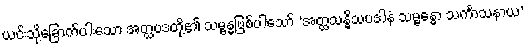
ယင်းသို့ခြောက်ပါးသော အတ္ထပဒတို့၏ သမ္ဗန္ဓဖြစ်ပါသော် ‘အတ္ထသန္ဓိသပဒါနံ သမ္ဗန္ဓော သင်္ကာသနာယ’